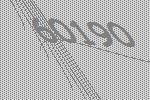
60190